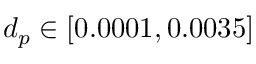
d _ { p } \in [ 0 . 0 0 0 1 , 0 . 0 0 3 5 ]